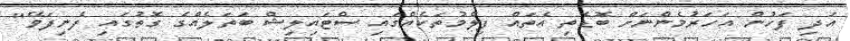
އަދި ފަހުން އަހަރުމެންނަށް ބޮޑެތި އެތައް ފިލްމުތަކެއްގައި ސްޓައިލިޝް ބަތަލެއްގެ ގޮތުގައި ފެނިފަވޭ''